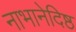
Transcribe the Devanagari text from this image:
नाभानेदिष्ठ